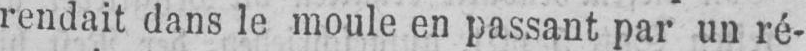
rendait dans le moule en passant par un ré-